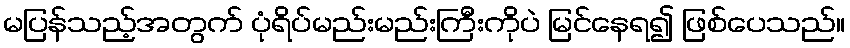
မပြန်သည့်အတွက် ပုံရိပ်မည်းမည်းကြီးကိုပဲ မြင်နေရ၍ ဖြစ်ပေသည်။